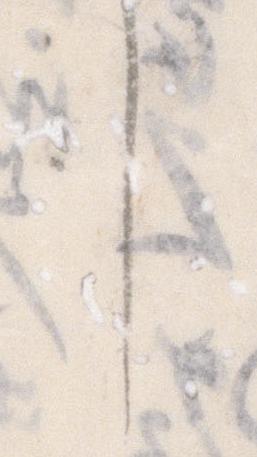
し